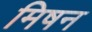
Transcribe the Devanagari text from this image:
मिषन